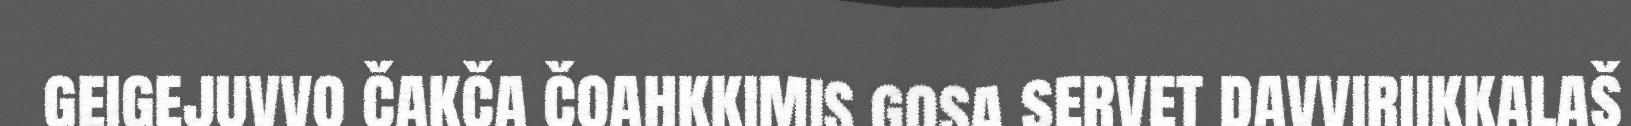
geigejuvvo čakča čoahkkimis gosa servet davviriikkalaš